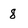
Character: 8